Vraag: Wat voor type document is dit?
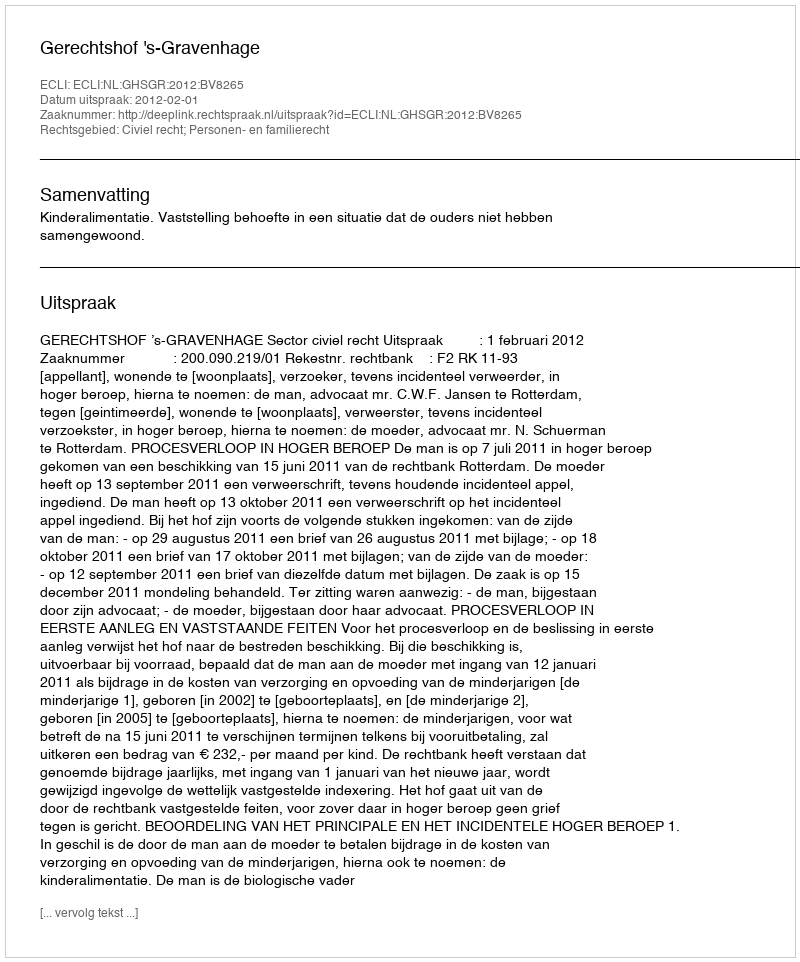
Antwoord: Uitspraak